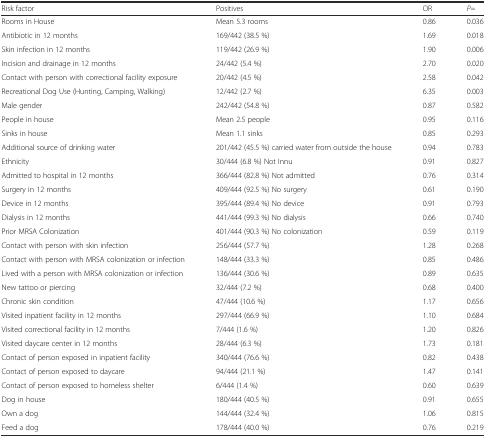
<table><thead><tr><td><b>Risk factor</b></td><td><b>Positives</b></td><td><b>OR</b></td><td><b><i>P</i>=</b></td></tr></thead><tbody><tr><td>Rooms in House</td><td>Mean 5.3 rooms</td><td>0.86</td><td>0.036</td></tr><tr><td>Antibiotic in 12 months</td><td>169/442 (38.5 %)</td><td>1.69</td><td>0.018</td></tr><tr><td>Skin infection in 12 months</td><td>119/442 (26.9 %)</td><td>1.90</td><td>0.006</td></tr><tr><td>Incision and drainage in 12 months</td><td>24/442 (5.4 %)</td><td>2.70</td><td>0.020</td></tr><tr><td>Contact with person with correctional facility exposure</td><td>20/442 (4.5 %)</td><td>2.58</td><td>0.042</td></tr><tr><td>Recreational Dog Use (Hunting, Camping, Walking)</td><td>12/442 (2.7 %)</td><td>6.35</td><td>0.003</td></tr><tr><td>Male gender</td><td>242/442 (54.8 %)</td><td>0.87</td><td>0.582</td></tr><tr><td>People in house</td><td>Mean 2.5 people</td><td>0.95</td><td>0.116</td></tr><tr><td>Sinks in house</td><td>Mean 1.1 sinks</td><td>0.85</td><td>0.293</td></tr><tr><td>Additional source of drinking water</td><td>201/442 (45.5 %) carried water from outside the house</td><td>0.94</td><td>0.783</td></tr><tr><td>Ethnicity</td><td>30/444 (6.8 %) Not Innu</td><td>0.91</td><td>0.827</td></tr><tr><td>Admitted to hospital in 12 months</td><td>366/444 (82.8 %) Not admitted</td><td>0.76</td><td>0.314</td></tr><tr><td>Surgery in 12 months</td><td>409/444 (92.5 %) No surgery</td><td>0.61</td><td>0.190</td></tr><tr><td>Device in 12 months</td><td>395/444 (89.4 %) No device</td><td>0.91</td><td>0.793</td></tr><tr><td>Dialysis in 12 months</td><td>441/444 (99.3 %) No dialysis</td><td>0.66</td><td>0.740</td></tr><tr><td>Prior MRSA Colonization</td><td>401/444 (90.3 %) No colonization</td><td>0.59</td><td>0.119</td></tr><tr><td>Contact with person with skin infection</td><td>256/444 (57.7 %)</td><td>1.28</td><td>0.268</td></tr><tr><td>Contact with person with MRSA colonization or infection</td><td>148/444 (33.3 %)</td><td>0.85</td><td>0.486</td></tr><tr><td>Lived with a person with MRSA colonization or infection</td><td>136/444 (30.6 %)</td><td>0.89</td><td>0.635</td></tr><tr><td>New tattoo or piercing</td><td>32/444 (7.2 %)</td><td>0.68</td><td>0.400</td></tr><tr><td>Chronic skin condition</td><td>47/444 (10.6 %)</td><td>1.17</td><td>0.656</td></tr><tr><td>Visited inpatient facility in 12 months</td><td>297/444 (66.9 %)</td><td>1.10</td><td>0.684</td></tr><tr><td>Visited correctional facility in 12 months</td><td>7/444 (1.6 %)</td><td>1.20</td><td>0.826</td></tr><tr><td>Visited daycare center in 12 months</td><td>28/444 (6.3 %)</td><td>1.73</td><td>0.181</td></tr><tr><td>Contact of person exposed in inpatient facility</td><td>340/444 (76.6 %)</td><td>0.82</td><td>0.438</td></tr><tr><td>Contact of person exposed to daycare</td><td>94/444 (21.1 %)</td><td>1.47</td><td>0.141</td></tr><tr><td>Contact of person exposed to homeless shelter</td><td>6/444 (1.4 %)</td><td>0.60</td><td>0.639</td></tr><tr><td>Dog in house</td><td>180/444 (40.5 %)</td><td>0.91</td><td>0.655</td></tr><tr><td>Own a dog</td><td>144/444 (32.4 %)</td><td>1.06</td><td>0.815</td></tr><tr><td>Feed a dog</td><td>178/444 (40.0 %)</td><td>0.76</td><td>0.219</td></tr></tbody></table>